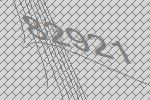
82921